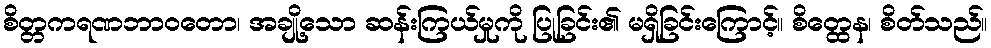
စိတ္တကရဏဘာဝတော၊ အချို့သော ဆန်းကြယ်မှုကို ပြုခြင်း၏ မရှိခြင်းကြောင့်။ စိတ္ထေန၊ စိတ်သည်။